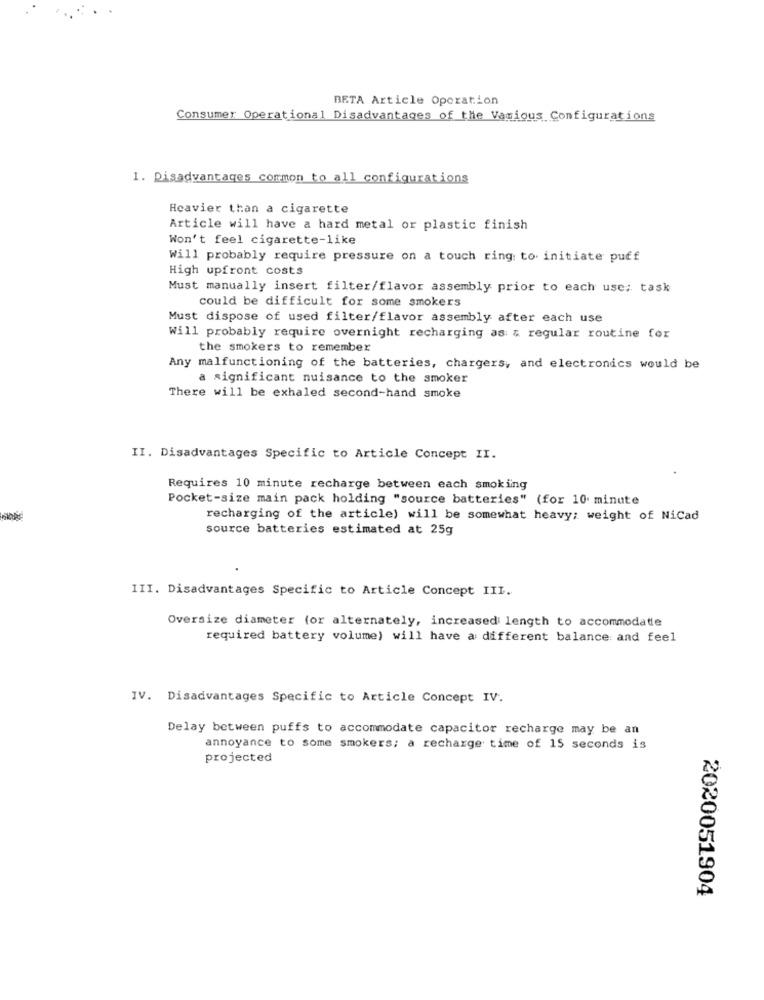
BETA Article Operation
Consumer Operational Disadvantages of the Various Configurations
1. Disadvantages cormon to all configurations
Heavier than a cigarette
Article will have a hard metal or plastic finish
Won't feel cigarette-like
Will probably require pressure on a touch ring: to initiate puff
High upfront costs
Must manually insert filter/flavor assembly prior to each use; task
could be difficult for some smokers
Must dispose of used filter/flavor assembly after each use
Will probably require overnight recharging as & regular routine for
the smokers to remember
Any malfunctioning of the batteries, chargers, and electronics would be
a significant nuisance to the smoker
There will be exhaled second-hand smoke
II. Disadvantages Specific to Article Concept II.
Requires 10 minute recharge between each smoking
Pocket-size main pack holding "source batteries" (for 10 minute
recharging of the article) will be somewhat heavy; weight of NiCad
source batteries estimated at 25g
III. Disadvantages Specific to Article Concept III.
Oversize diameter (or alternately, increased length to accommodate
required battery volume) will have a different balance and feel
IV. Disadvantages Specific to Article Concept IV.
Delay between puffs to accommodate capacitor recharge may be an
annoyance to some smokers; a recharge time of 15 seconds is
projected
2020051904